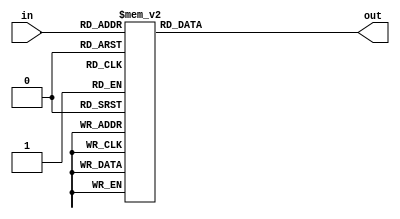
`timescale 1ns / 1ps
//////////////////////////////////////////////////////////////////////////////////
// Company: 
// Engineer: 
// 
// Design Name: 
// Module Name:    decoder 
// Project Name: 
// Target Devices: 
// Tool versions: 
// Description: 
//
// Dependencies: 
//
// Revision: 
// Revision 0.01 - File Created
// Additional Comments: 
//
//////////////////////////////////////////////////////////////////////////////////
/*module decoder(input [3:0] in,
	output [6:0] out);
	
	wire a,b,c,d;
	
	assign a = in[3];
	assign b = in[2];
	assign c = in[1];
	assign d = in[0];
	
	assign out[0] = b & (~c) & (~d) | (~a) & (~b) & (~c) & d;
	assign out[1] = b & (~c) & (d) | b & c & (~d);
	assign out[2] = (~b) & (c) & (~d);
	assign out[3] = b & (~c) & (~d) |b & c & d | (~a) & (~b) & (~c) & d;
	assign out[4] = d | b & (~c);
	assign out[5] = (~b) & c | c & d | (~a) & (~b) & d;
	assign out[6] = (~a) & (~b) & (~c) | b & c & d;



endmodule*/

module decoder
	(
    input [3:0] in,
    output reg [6:0] out
    );
    
always @(*)
    case(in)         //   GFEDCBA
        4'b0000: out = 7'b1000000; // 0
        4'b0001: out = 7'b1111001; // 1
        4'b0010: out = 7'b0100100; // 2
        4'b0011: out = 7'b0110000; // 3
        4'b0100: out = 7'b0011001; // 4
        4'b0101: out = 7'b0010010; // 5
        4'b0110: out = 7'b0000010; // 6
        4'b0111: out = 7'b1111000; // 7
        4'b1000: out = 7'b0000000; // 8
        4'b1001: out = 7'b0010000; // 9
		  4'b1010: out = 7'b1000110; // 10//c
		  4'b1011: out = 7'b0001100; // 11//p
        4'b1100: out = 7'b1000000; // 12//o
		  4'b1101: out = 7'b0010000; // 12//g
		  4'b1110: out = 7'b1000001; // 12//v
        4'b1111: out = 7'b0101111; // 12//r
        default: out = 7'b1111111; // Turn off all segments
    endcase
	endmodule